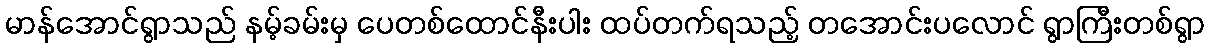
မာန်အောင်ရွာသည် နမ့်ခမ်းမှ ပေတစ်ထောင်နီးပါး ထပ်တက်ရသည့် တအောင်းပလောင် ရွာကြီးတစ်ရွာ